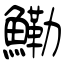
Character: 鰳